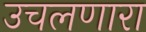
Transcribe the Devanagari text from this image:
उचलणारा